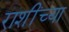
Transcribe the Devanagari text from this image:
राशींच्या